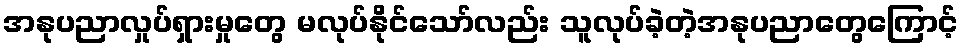
အနုပညာလှုပ်ရှားမှုတွေ မလုပ်နိုင်သော်လည်း သူလုပ်ခဲ့တဲ့အနုပညာတွေကြောင့်